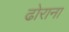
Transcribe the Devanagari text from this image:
ढोराना